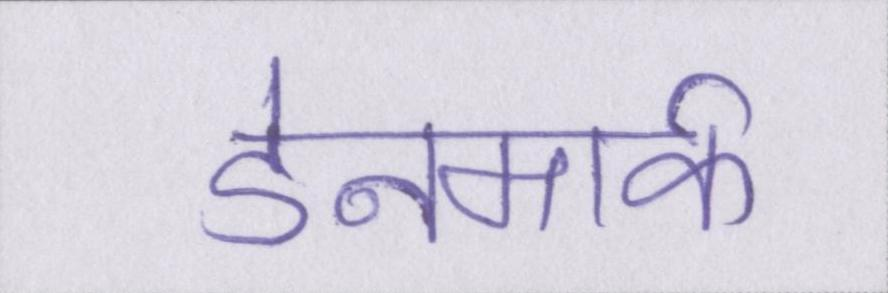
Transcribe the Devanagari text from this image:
डेनमार्क